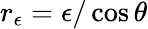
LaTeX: r_{\epsilon}=\epsilon/\cos{\theta}